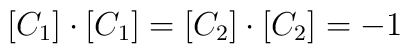
[C_1] \cdot [C_1] = [C_2] \cdot [C_2] = -1